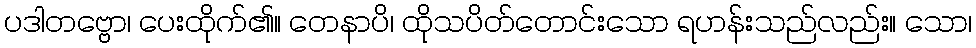
ပဒါတဗ္ဗော၊ ပေးထိုက်၏။ တေနာပိ၊ ထိုသပိတ်တောင်းသော ရဟန်းသည်လည်း။ သော၊